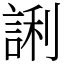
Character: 誗